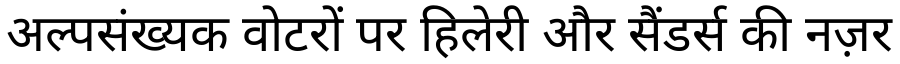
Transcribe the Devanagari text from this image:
अल्पसंख्यक वोटरों पर हिलेरी और सैंडर्स की नज़र